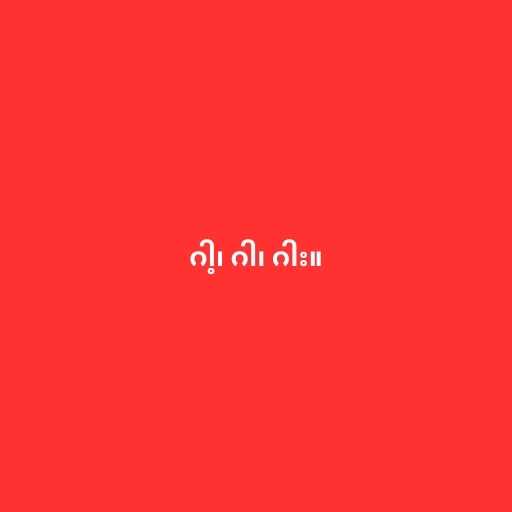
ဂါ့၊ ဂါ၊ ဂါး။